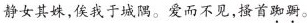
静女其姝，俟我于城隅。爱而不见，搔首踟蹰。